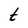
Character: t